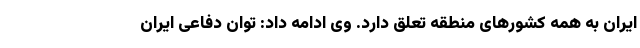
ایران به همه کشورهای منطقه تعلق دارد. وی ادامه داد: توان دفاعی ایران